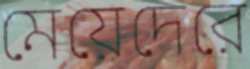
মেয়েদেরে